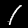
Digit: 1